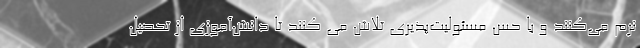
نرم می‌کنند و با حسِ مسئولیت‌پذیری تلاش می کنند تا دانش‌آموزی از تحصیل